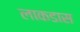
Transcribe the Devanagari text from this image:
लाकडास